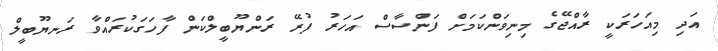
އަދި މިއަހަރަކީ ރާއްޖޭގެ މިނިވަންކަމަށް ފަންސާސް އަހަރު ފުރޭ ރަންޔޫބީލްކަން ފާހަގަކުރައްވާ ރަނޔޫބީލް